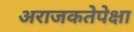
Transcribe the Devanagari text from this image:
अराजकतेपेक्षा